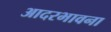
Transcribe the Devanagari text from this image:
आदरभावना